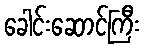
ခေါင်းဆောင်ကြီး